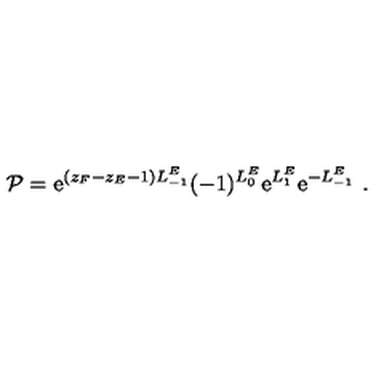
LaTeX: { \cal P } = \mathrm { e } ^ { ( z _ { F } - z _ { E } - 1 ) L _ { - 1 } ^ { E } } ( - 1 ) ^ { L _ { 0 } ^ { E } } \mathrm { e } ^ { L _ { 1 } ^ { E } } \mathrm { e } ^ { - L _ { - 1 } ^ { E } } \ .